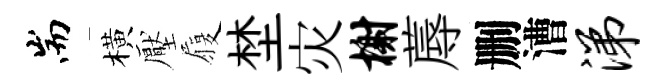
耑橫壓履埜灾榭蓐删漕涕